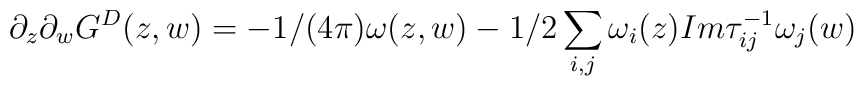
\partial_z\partial_wG^D(z,    w)=-1/(4\pi)\omega(z,    w)-1/2\sum_{i,j}\omega_i(z)Im\tau_{ij}^{-1}\omega_j(w)